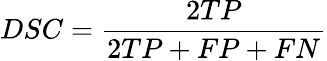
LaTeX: DSC={\frac{2TP}{2TP+FP+FN}}